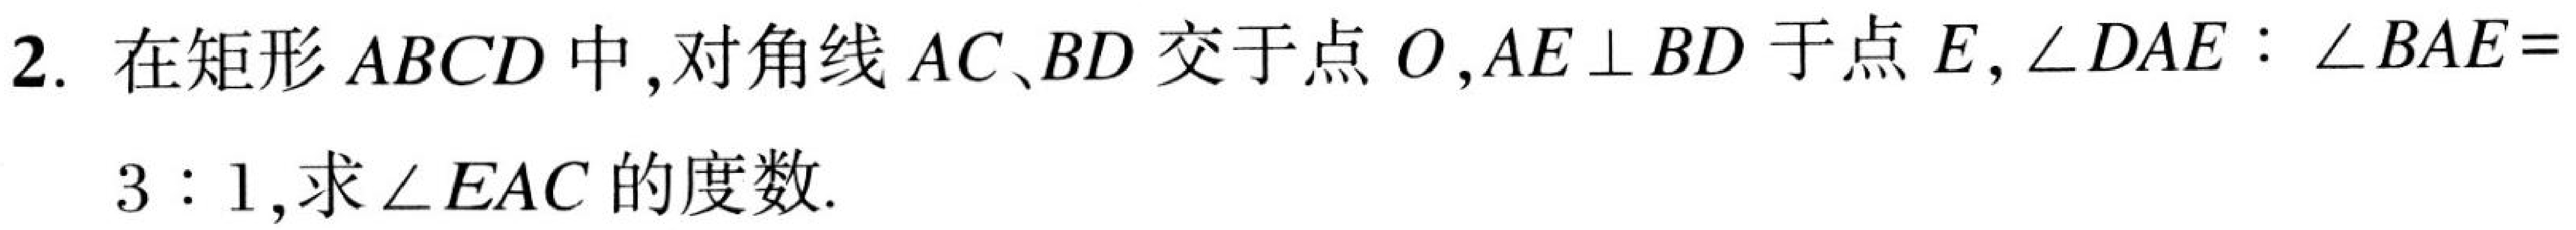
2. 在矩形\(ABCD\)中, 对角线\(AC、BD\)交于点\(O\), \(AE\perp BD\)于点\(E\), \(\angle DAE:\angle BAE = 3:1\), 求\(\angle EAC\)的度数.